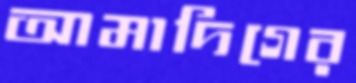
আমাদিগের